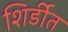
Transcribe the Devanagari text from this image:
शिर्डीत